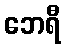
ဘေရီ